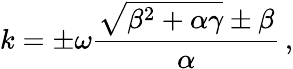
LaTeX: k=\pm\omega\frac{\sqrt{\beta^{2}+\alpha\gamma}\pm\beta}{\alpha}\, ,